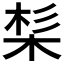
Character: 𣒡